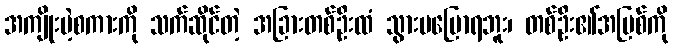
အကျိုးမဲ့စကားကို သက်ဆိုင်တဲ့ အခြားတစ်ဦးထံ သွားမပြောရဘူး၊ တစ်ဦး၏အပြစ်ကို